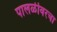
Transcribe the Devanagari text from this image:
पालळीवरचा